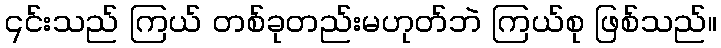
၎င်းသည် ကြယ် တစ်ခုတည်းမဟုတ်ဘဲ ကြယ်စု ဖြစ်သည်။